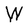
Character: W